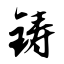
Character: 铸